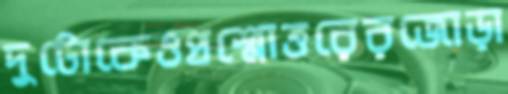
দুটোকেওপ্রশ্নোত্তরেরজোড়া